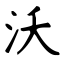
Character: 沃